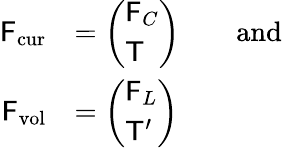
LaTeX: \begin{array}{rl}{\mathsf{F}_{\mathrm{cur}}}&{=\left(\begin{array}{l}{\mathsf{F}_{C}}\\ {\mathsf{T}}\end{array}\right)\qquad\mathrm{and}}\\ {\mathsf{F}_{\mathrm{vol}}}&{=\left(\begin{array}{l}{\mathsf{F}_{L}}\\ {\mathsf{T}^{\prime}}\end{array}\right)}\end{array}